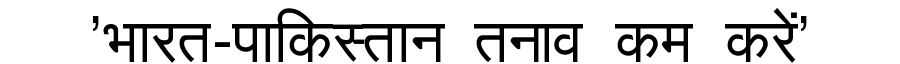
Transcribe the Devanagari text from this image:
'भारत-पाकिस्तान तनाव कम करें'